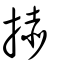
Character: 捇